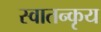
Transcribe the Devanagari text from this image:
स्वातन्कृय